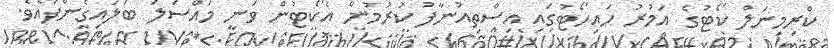
ކްރިމިނަލް ކޯޓުގެ އަމުރު ހައިހޯޓުގައި އިސްތިއުނާފު ކުރުމުން އެކޯޓުން ވަނީ މައްސަލަ ބަލައިގެންފައެވެ.